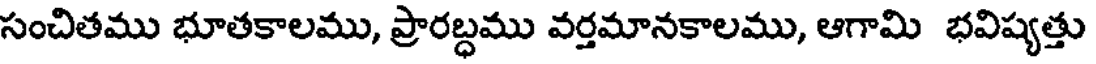
సంచితము భూతకాలము, ప్రారబ్ధము వర్తమానకాలము, ఆగామి భవిష్యత్తు